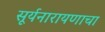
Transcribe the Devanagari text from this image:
सूर्यनारायणाचा